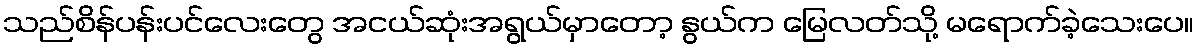
သည်စိန်ပန်းပင်လေးတွေ အငယ်ဆုံးအရွယ်မှာတော့ နွယ်က မြေလတ်သို့ မရောက်ခဲ့သေးပေ။